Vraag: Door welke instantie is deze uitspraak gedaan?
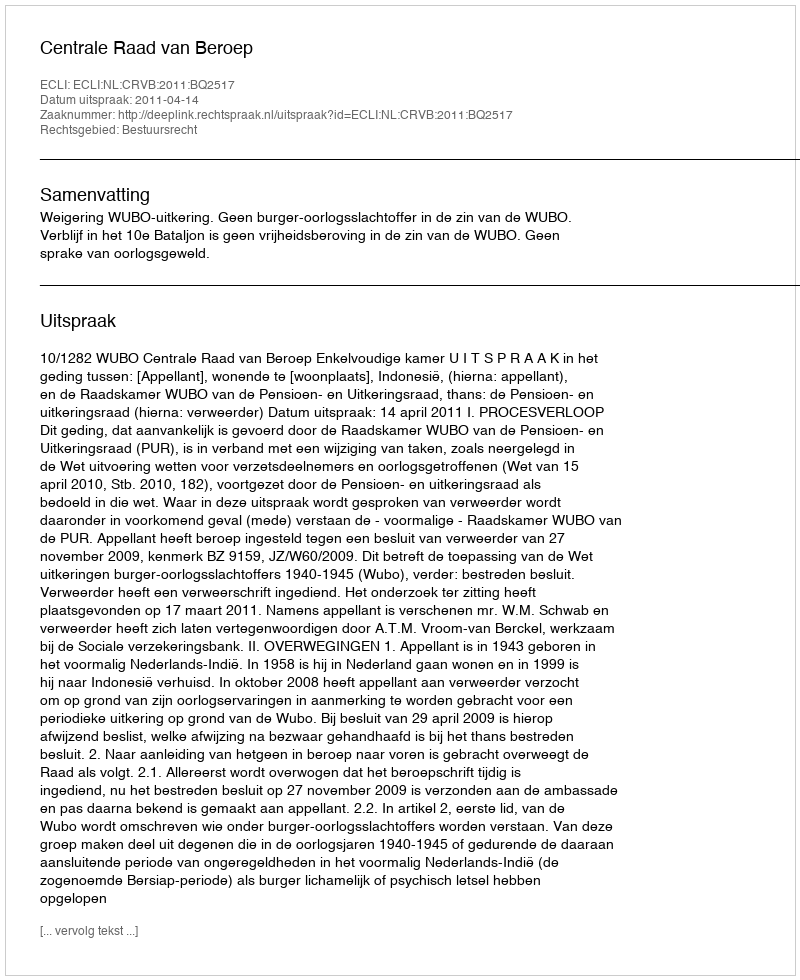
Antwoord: Centrale Raad van Beroep